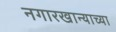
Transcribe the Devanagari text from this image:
नगारखान्याच्या